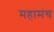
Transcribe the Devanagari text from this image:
महामंच